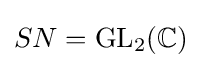
SN=\operatorname {GL} _{2}(\mathbb {C} )